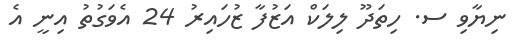
ނިޔާވި ސ. ހިތަދޫ ލިލަކް އަޒުފާ ޒުހައިރު 24 އެވަގުތު އިނީ އެ